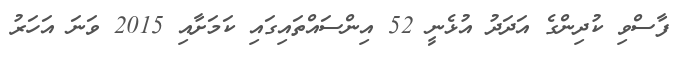
ފާސްވި ކުދިންގެ އަދަދު އުޅެނީ 52 އިންސައްތައިގައި ކަމަށާއި 2015 ވަނަ އަހަރު